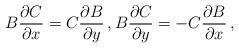
LaTeX: \begin{align*}B\frac{\partial C}{\partial x}=C\frac{\partial B}{\partial y}\,,B\frac{\partial C}{\partial y}=-C\frac{\partial B}{\partial x}\,,\end{align*}